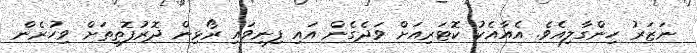
ނަޒަރު ހިންގާލިއެވެ. އެއާއެކު ކޮޓަރިއަށް ވަދެގެން އައި ފިނިވައި ރޯޅިން ދޮރުފޮތިތަށް ވިހުރެން